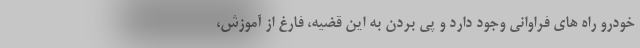
خودرو راه های فراوانی وجود دارد و پی بردن به این قضیه، فارغ از آموزش،